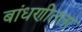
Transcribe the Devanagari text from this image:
बांधणीतला